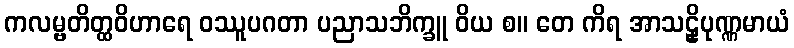
ကလမ္ဗတိတ္ထဝိဟာရေ ဝဿူပဂတာ ပညာသဘိက္ခူ ဝိယ စ။ တေ ကိရ အာသဠှိပုဏ္ဏမာယံ